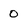
Character: 0